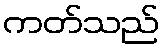
ကတ်သည်